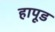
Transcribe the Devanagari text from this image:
हापूड